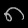
Digit: ၈